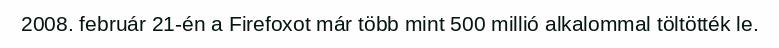
2008. február 21-én a Firefoxot már több mint 500 millió alkalommal töltötték le.